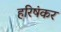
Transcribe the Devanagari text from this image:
हरिषंकर